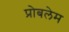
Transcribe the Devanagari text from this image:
प्रोबलेम